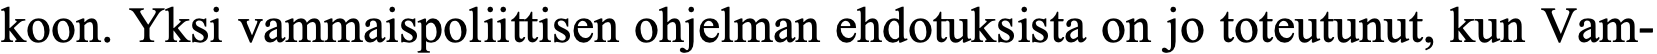
koon. Yksi vammaispoliittisen ohjelman ehdotuksista on jo toteutunut, kun Vam-